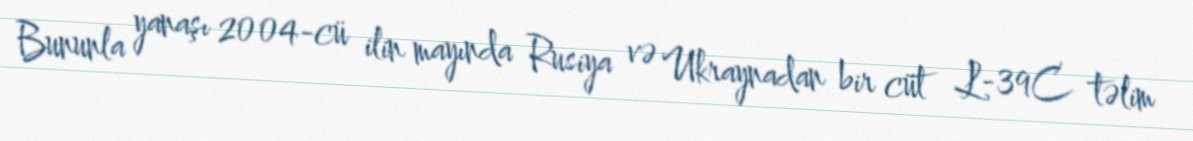
Bununla yanaşı 2004-cü ilin mayında Rusiya və Ukraynadan bir cüt L-39C təlim